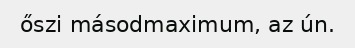
őszi másodmaximum, az ún.